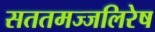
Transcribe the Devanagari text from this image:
सततमज्जलिरेष